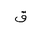
Letter: _qaf